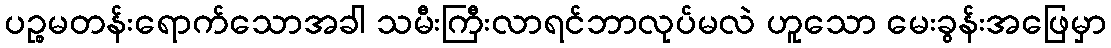
ပဉ္စမတန်းရောက်သောအခါ သမီးကြီးလာရင်ဘာလုပ်မလဲ ဟူသော မေးခွန်းအဖြေမှာ